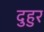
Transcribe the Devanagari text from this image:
दुहुर